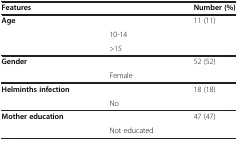
<table><thead><tr><td colspan="2"><b>Features</b></td><td><b>Number (%)</b></td></tr></thead><tbody><tr><td rowspan="3"><b>Age</b></td><td>[EMPTY_CELL]</td><td>11 (11)</td></tr><tr><td>10-14</td><td>[EMPTY_CELL]</td></tr><tr><td>&gt;15</td><td>[EMPTY_CELL]</td></tr><tr><td rowspan="2"><b>Gender</b></td><td>[EMPTY_CELL]</td><td>52 (52)</td></tr><tr><td>Female</td><td>[EMPTY_CELL]</td></tr><tr><td rowspan="2"><b>Helminths infection</b></td><td>[EMPTY_CELL]</td><td>18 (18)</td></tr><tr><td>No</td><td>[EMPTY_CELL]</td></tr><tr><td rowspan="2"><b>Mother education</b></td><td>[EMPTY_CELL]</td><td>47 (47)</td></tr><tr><td>Not educated</td><td>[EMPTY_CELL]</td></tr></tbody></table>